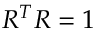
R ^ { T } R = 1